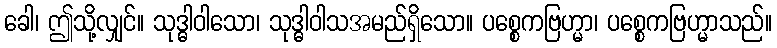
ခေါ၊ ဤသို့လျှင်။ သုဒ္ဓါဝါသော၊ သုဒ္ဓါဝါသအမည်ရှိသော။ ပစ္စေကဗြဟ္မာ၊ ပစ္စေကဗြဟ္မာသည်။